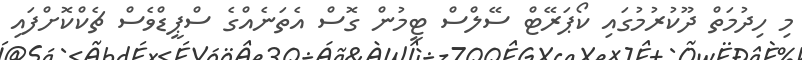
މި ހިދުމަތް ދޫކުރުމުގައި ކޯޕަރޭޓް ސޭލްސް ޓީމުން ގޮސް އެތަނެއްގެ ސްޕީޑްވެސް ޗެކްކޮށްފައި